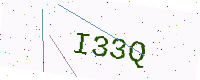
Text: I33Q